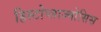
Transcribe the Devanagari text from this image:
हिस्टोप्लाज्मोसिस